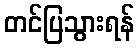
တင်ပြသွားရန်